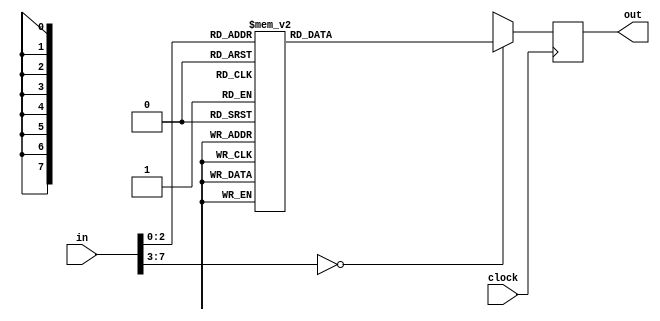
module bancoInstrucoes (
  input wire clock,
  input wire [7:0] in,
  output wire [7:0] out
);
 
  reg [7:0] banco_instrucoes;
  
  always @(posedge clock)
    begin
      case (in)
      8'b00000000: banco_instrucoes = 8'b00010001; 
      8'b00000001: banco_instrucoes = 8'b00101101;       
      8'b00000010: banco_instrucoes = 8'b01110010;
      8'b00000011: banco_instrucoes = 8'b01010010;
      8'b00000100: banco_instrucoes = 8'b10010000;
      8'b00000101: banco_instrucoes = 8'b10100001;
      8'b00000110: banco_instrucoes = 8'b11000011;
    	 8'b00000111: banco_instrucoes = 8'b11100000;
      default: banco_instrucoes = 8'bxxxxxxxx;
      endcase 
    end
  assign out = banco_instrucoes;
endmodule